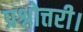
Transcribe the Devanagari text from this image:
प्रश्नोत्तरी।